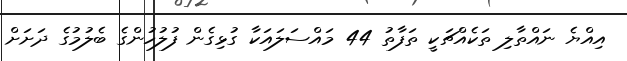
އިއްޔެ ނައްތާލި ތަކެއްޗަކީ ތަފާތު 44 މައްސަލައަކާ ގުޅިގެން ފުލުހުންގެ ބެލުމުގެ ދަށަށް